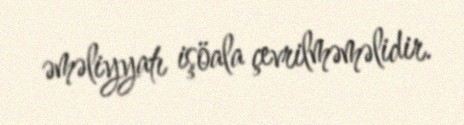
əməliyyatı işöala çevrilməməlidir.